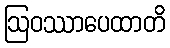
ဩဝဿာပေထာတိ